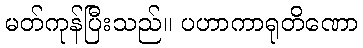
မတ်ကုန်ပြီးသည်။ ပဟာကာရုတိဏော